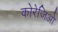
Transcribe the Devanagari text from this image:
कोरेजिओ